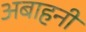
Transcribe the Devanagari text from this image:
अबाहनी